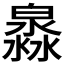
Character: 𤀁